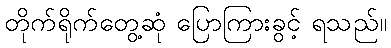
တိုက်ရိုက်တွေ့ဆုံ ပြောကြားခွင့် ရသည်။